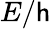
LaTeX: E/\mathsf{h}